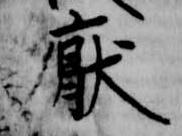
厭